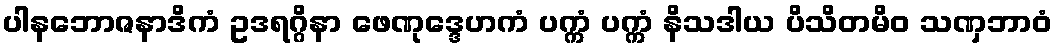
ပါနဘောဇနာဒိကံ ဥဒရဂ္ဂိနာ ဖေဏုဒ္ဒေဟကံ ပက္ကံ ပက္ကံ နိသဒါယ ပိသိတမိဝ သဏှဘာဝံ